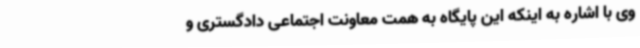
وی با اشاره به اینکه این پایگاه به همت معاونت اجتماعی دادگستری و